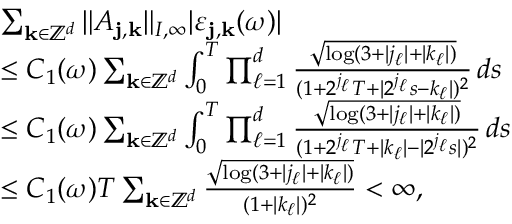
\begin{array} { r l } & { \sum _ { \mathbf { k } \in \mathbb { Z } ^ { d } } \| { \cal A } _ { \mathbf { j } , \mathbf { k } } \| _ { I , \infty } | \varepsilon _ { \mathbf { j } , \mathbf { k } } ( \omega ) | } \\ & { \leq C _ { 1 } ( \omega ) \sum _ { \mathbf { k } \in \mathbb { Z } ^ { d } } \int _ { 0 } ^ { T } \prod _ { \ell = 1 } ^ { d } \frac { \sqrt { \log ( 3 + | j _ { \ell } | + | k _ { \ell } | ) } } { ( 1 + 2 ^ { j _ { \ell } } T + | 2 ^ { j _ { \ell } } s - k _ { \ell } | ) ^ { 2 } } \, d s } \\ & { \leq C _ { 1 } ( \omega ) \sum _ { \mathbf { k } \in \mathbb { Z } ^ { d } } \int _ { 0 } ^ { T } \prod _ { \ell = 1 } ^ { d } \frac { \sqrt { \log ( 3 + | j _ { \ell } | + | k _ { \ell } | ) } } { ( 1 + 2 ^ { j _ { \ell } } T + | k _ { \ell } | - | 2 ^ { j _ { \ell } } s | ) ^ { 2 } } \, d s } \\ & { \leq C _ { 1 } ( \omega ) T \sum _ { \mathbf { k } \in \mathbb { Z } ^ { d } } \frac { \sqrt { \log ( 3 + | j _ { \ell } | + | k _ { \ell } | ) } } { ( 1 + | k _ { \ell } | ) ^ { 2 } } < \infty , } \end{array}